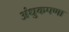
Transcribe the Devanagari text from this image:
अंधुकपणा